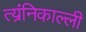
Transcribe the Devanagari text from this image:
त्य्रंनिकाल्ली